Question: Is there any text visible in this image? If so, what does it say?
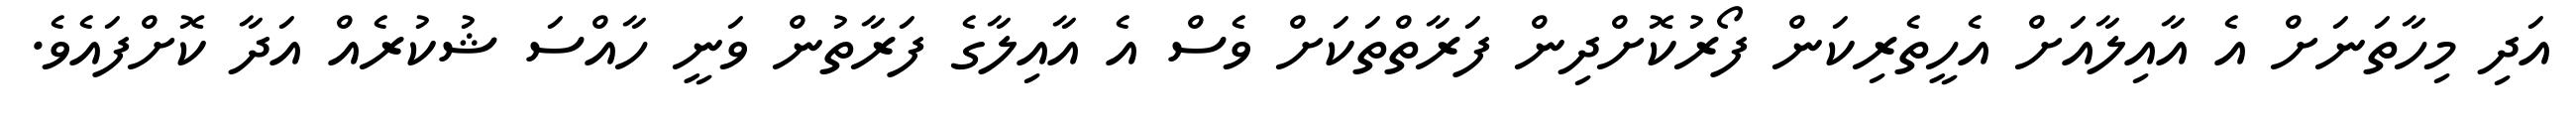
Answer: އަދި މިހާތަނަށް އެ އާއިލާއަށް އެހީތެރިކަން ފޯރުކޮށްދިން ފަރާތްތަކަށް ވެސް އެ އާއިލާގެ ފަރާތުން ވަނީ ހާއްސަ ޝުކުރެއް އަދާ ކޮށްފައެވެ.